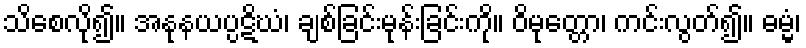
သိစေလို၍။ အနုနယပ္ပဋိဃံ၊ ချစ်ခြင်းမုန်းခြင်းကို။ ဝိမုတ္တော၊ ကင်းလွတ်၍။ ဓမ္မံ၊